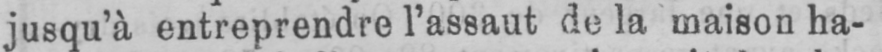
jusqu’à entreprendre l’assaut de la maison ha-